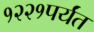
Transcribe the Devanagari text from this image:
१२२१पर्यंत